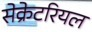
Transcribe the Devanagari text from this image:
सेक्रेटरियल